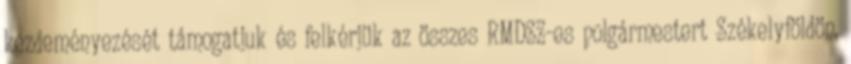
kezdeményezését támogatjuk és felkérjük az összes RMDSZ-es polgármestert Székelyföldön,